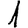
Digit: 1